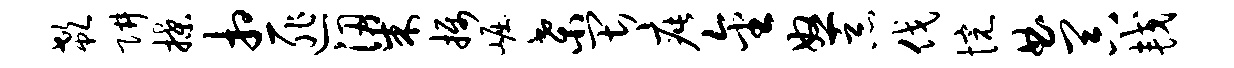
欷阱揲相匪梁摄崛桑畏疵金怒恶伐惋曲器较